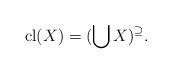
LaTeX: \begin{align*}\mathrm{cl}(X)=(\bigcup X)^\supseteq.\end{align*}